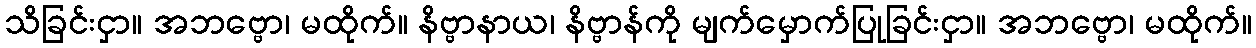
သိခြင်းငှာ။ အဘဗ္ဗော၊ မထိုက်။ နိဗ္ဗာနာယ၊ နိဗ္ဗာန်ကို မျက်မှောက်ပြုခြင်းငှာ။ အဘဗ္ဗော၊ မထိုက်။